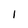
Character: 1